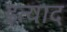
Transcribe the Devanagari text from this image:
इत्याद